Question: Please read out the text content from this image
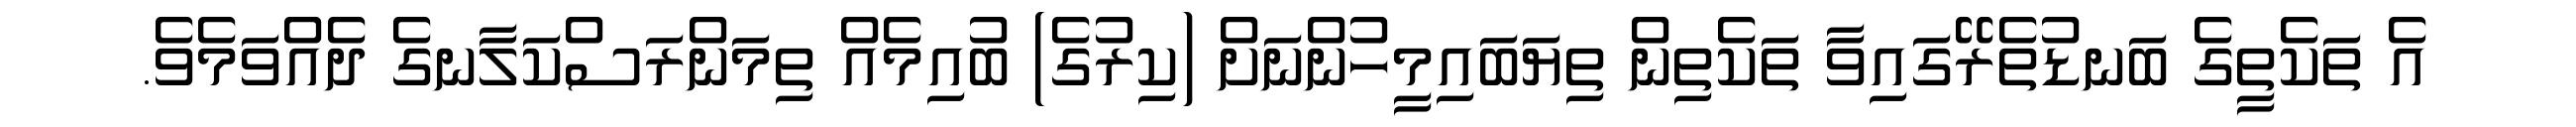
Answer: އެ ތަކެތީގެ ބަނޑުތެރޭގައިވާ ތަކެތިން ތިޔަބައިމީހުންނަށް (ކިރުގެ) ބުއިމެއް ތިމަންރަސްކަލާނގެ ދެއްވަމެވެ.